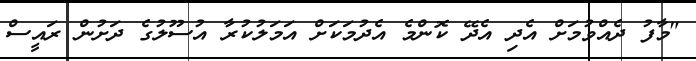
"މާފު ދެއްވުމަށް އެދި އެދޭ ކޮންމެ އެދުމަކަށް އަމަލުކުރާ އުސޫލުގެ ދަށުން ރައީސް